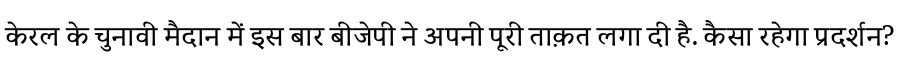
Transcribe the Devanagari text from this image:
केरल के चुनावी मैदान में इस बार बीजेपी ने अपनी पूरी ताक़त लगा दी है. कैसा रहेगा प्रदर्शन?